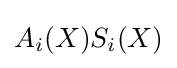
A_{i}(X)S_{i}(X)